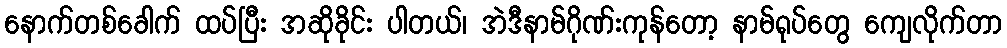
နောက်တစ်ခေါက် ထပ်ပြီး အဆိုခိုင်း ပါတယ်၊ အဲဒီနာမ်ဂိုဏ်းကုန်တော့ နာမ်ရုပ်တွေ ကျေလိုက်တာ